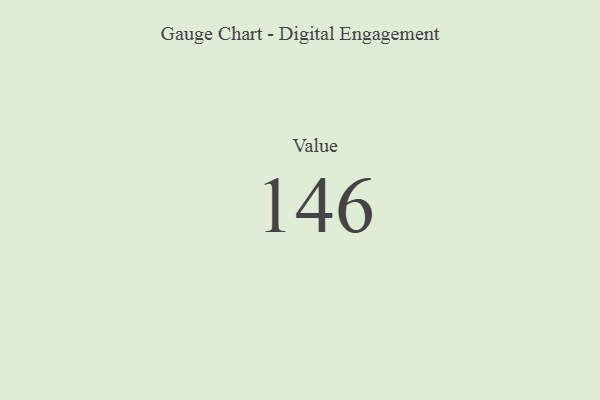
{"axis": {"x": "Metric", "y": "Value"}, "legend": [""], "data": [{"x": "Value", "y": 146, "type": ""}]}